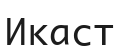
Икаст